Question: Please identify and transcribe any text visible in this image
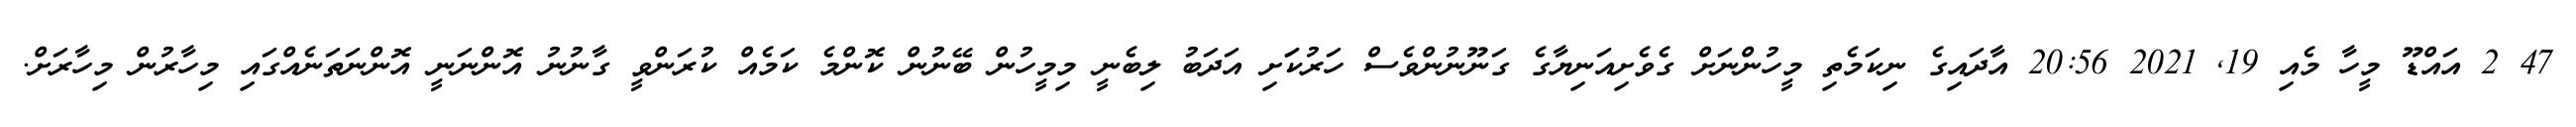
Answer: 47 2 އައްޑޫ މީހާ މެއި 19, 2021 20:56 އާދައިގެ ނިކަމެތި މީހުންނަށް ގެވެށިއަނިޔާގެ ގަނޫނުންވެސް ހަރުކަަށި އަދަބު ލިބެނީ މިމީހުން ބޭނުން ކޮންމެ ކަމެއް ކުރަންވީ ގާނުނު އޮންނަނީ އޮންނަތަނެއްގައި މިހާރުން މިހާރަށް.